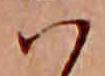
ハ